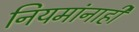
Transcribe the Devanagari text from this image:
नियमांनाही